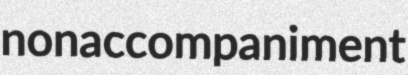
nonaccompaniment